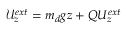
{ \mathcal { U } } _ { z } ^ { e x t } = { { m _ { d } } g z } + { Q } { U _ { z } ^ { e x t } }